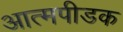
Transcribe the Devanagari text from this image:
आत्मपीडक